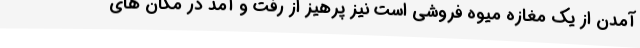
آمدن از یک مغازه میوه فروشی است نیز پرهیز از رفت و آمد در مکان های